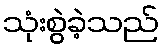
သုံးစွဲခဲ့သည်